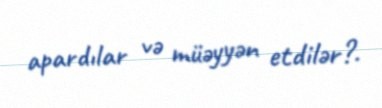
apardılar və müəyyən etdilər?.